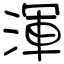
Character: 渾